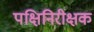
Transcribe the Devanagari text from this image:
पक्षिनिरीक्षक